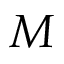
{ \cal M }